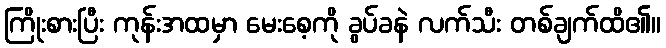
ကြိုးစားပြီး ကုန်းအထမှာ မေးစေ့ကို ခွပ်ခနဲ လက်သီး တစ်ချက်ထိ၏။